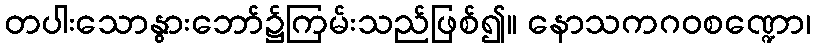
တပါးသောနွားဘော်၌ကြမ်းသည်ဖြစ်၍။ နောသကဂဝစဏ္ဍော၊